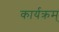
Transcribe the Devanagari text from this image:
कार्यक्रम्